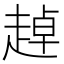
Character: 趠